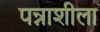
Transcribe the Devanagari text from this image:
पन्नाशीला